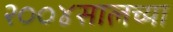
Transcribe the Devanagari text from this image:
२००४सालच्या